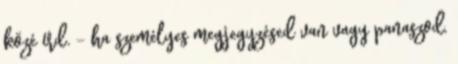
közé írd. - ha személyes megjegyzésed van vagy panaszod,